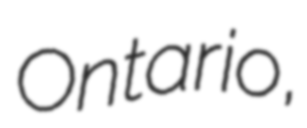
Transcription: Ontario,